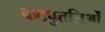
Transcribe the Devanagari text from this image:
कठपुतलिओं